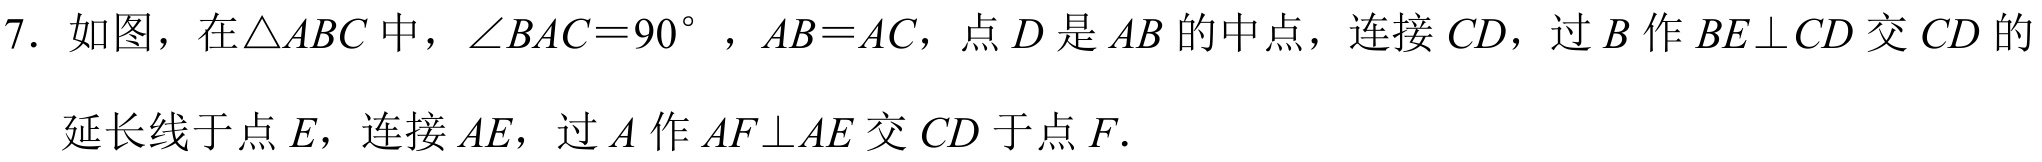
7. 如图，在$\triangle ABC$中，$\angle BAC = 90^{\circ}$，$AB = AC$，点$D$是$AB$的中点，连接$CD$，过$B$作$BE\perp CD$交$CD$的
延长线于点$E$，连接$AE$，过$A$作$AF\perp AE$交$CD$于点$F.$